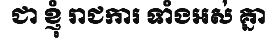
ជា ខ្ញុំ រាជការ ទាំងអស់ គ្នា